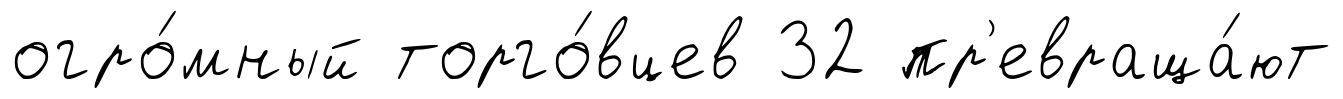
огро́мный торго́вцев 32 пр'евраща́ют